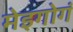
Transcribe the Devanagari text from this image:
मेइगोगं